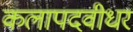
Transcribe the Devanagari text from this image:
कलापदवीधर